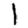
Digit: 1